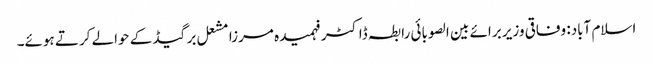
اسلام آباد: وفاقی وزیر برائے بین الصوبائی رابطہ ڈاکٹر فہمیدہ مرزا مشعل برگیڈ کے حوالے کرتے ہوئے۔